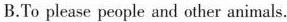
B.To please people and other animals.